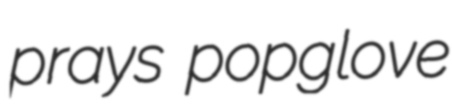
prays popglove